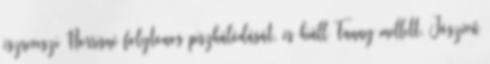
észreveszi Norrisné folytonos piszkálódását, és kiáll Fanny mellett. Jószívű